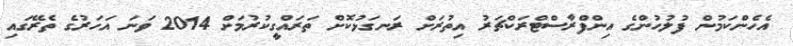
އެހެންކަމުން ފުލުހުންގެ އިންފްރާސްޓްރަކްޗަރު އިތުރަށް ރަނގަޅުކޮށް ތަރައްގީކުރުމަށް 2014 ވަނަ އަހަރުގެ ތެރޭގައި